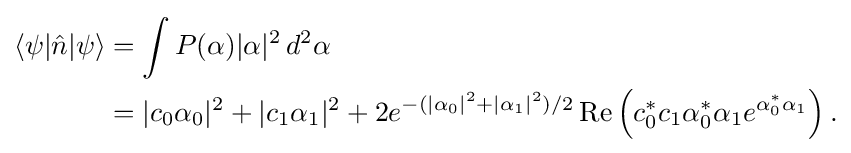
{\begin{aligned}\langle \psi |{\hat {n}}|\psi \rangle &=\int P(\alpha )|\alpha |^{2}\,d^{2}\alpha \\&=|c_{0}\alpha _{0}|^{2}+|c_{1}\alpha _{1}|^{2}+2e^{-(|\alpha _{0}|^{2}+|\alpha _{1}|^{2})/2}\operatorname {Re} \left(c_{0}^{*}c_{1}\alpha _{0}^{*}\alpha _{1}e^{\alpha _{0}^{*}\alpha _{1}}\right).\end{aligned}}